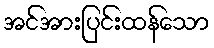
အင်အားပြင်းထန်သော